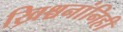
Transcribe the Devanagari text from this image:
ख्रिश्चनांनिही